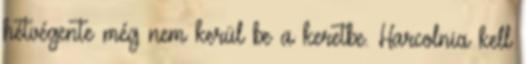
hétvégente még nem kerül be a keretbe. Harcolnia kell